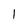
Character: 1